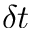
\delta t